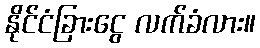
နိုင်ငံခြားငွေ လက်ခံလား။